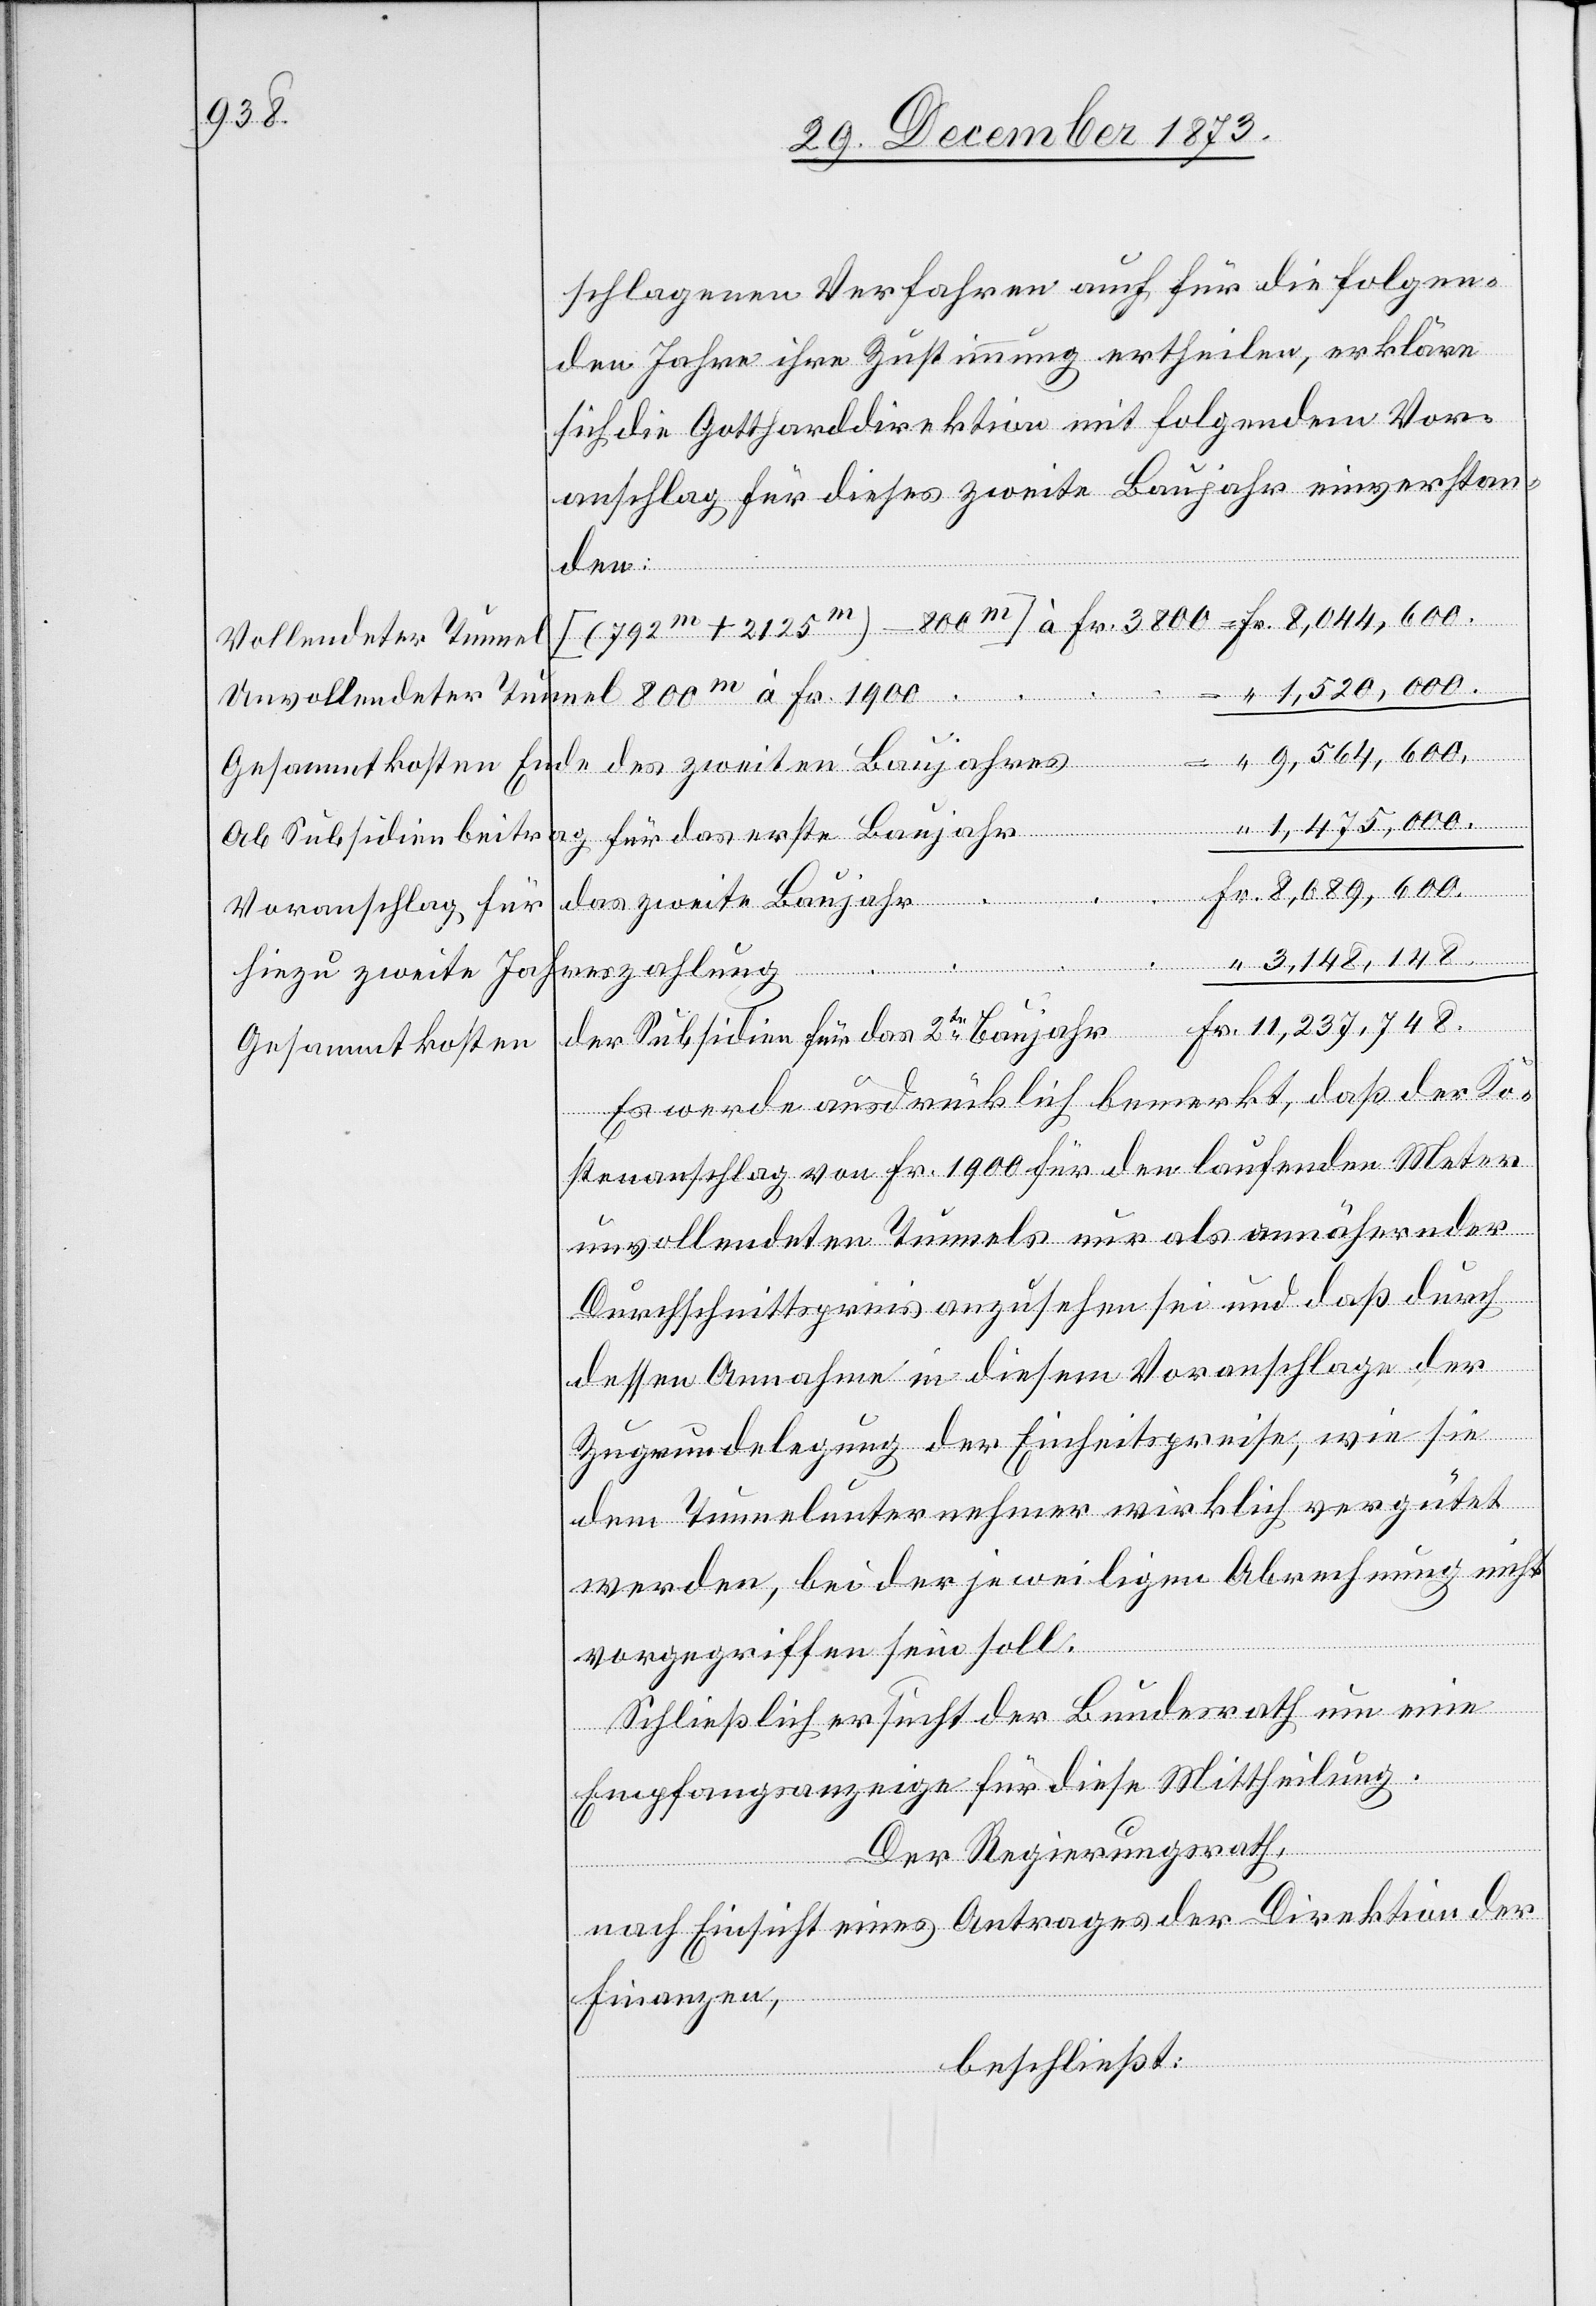
schlagenen Verfahren auch für die folgen¬
den Jahre ihre Zustimmung ertheilen, erkläre
sich die Gottharddirektion mit folgendem Vor¬
anschlag für dieses zweite Baujahr einverstan¬
den:
Vollendeter Tunnel
1,520,000.
nel 800m à Fr. 1900
Unvollendeter Tun¬
idien
9,564,600.
Gesammtkosten Ende des zweiten Baujahres
ag für das erste Baujahr
Ab Subsidienbeitr¬
Voranschlag für
reszahlung
hinzu zweite Jah¬
2te
Gesammtkosten
Es werde ausdrücklich bemerkt, daß der Ko¬
stenanschlag von Fr. 1900 für den laufenden Meter
unvollendeten Tunnels nur als annähernder
Durchschnittspreis anzusehen sei und daß durch
dessen Annahme in diesem Voranschlage der
Zugrundelegung der Einheitspreise, wie sie
dem Tunnelunternehmer wirklich vergütet
werden, bei der jeweiligen Abrechnung nicht
vorgegriffen sein soll.
Schließlich ersucht der Bundesrath um eine
Empfangsanzeige für diese Mittheilung.
Der Regierungsrath,
nach Einsicht eines Antrages der Direktion der
Finanzen,
Fr.
beschließt: